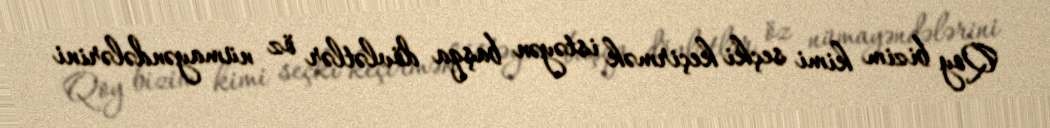
Qoy bizim kimi seçki keçirmək istəyən başqa dövlətlər öz nümayəndələrini